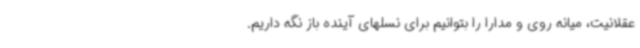
عقلانیت، میانه روی و مدارا را بتوانیم برای نسلهای آینده باز نگه داریم.